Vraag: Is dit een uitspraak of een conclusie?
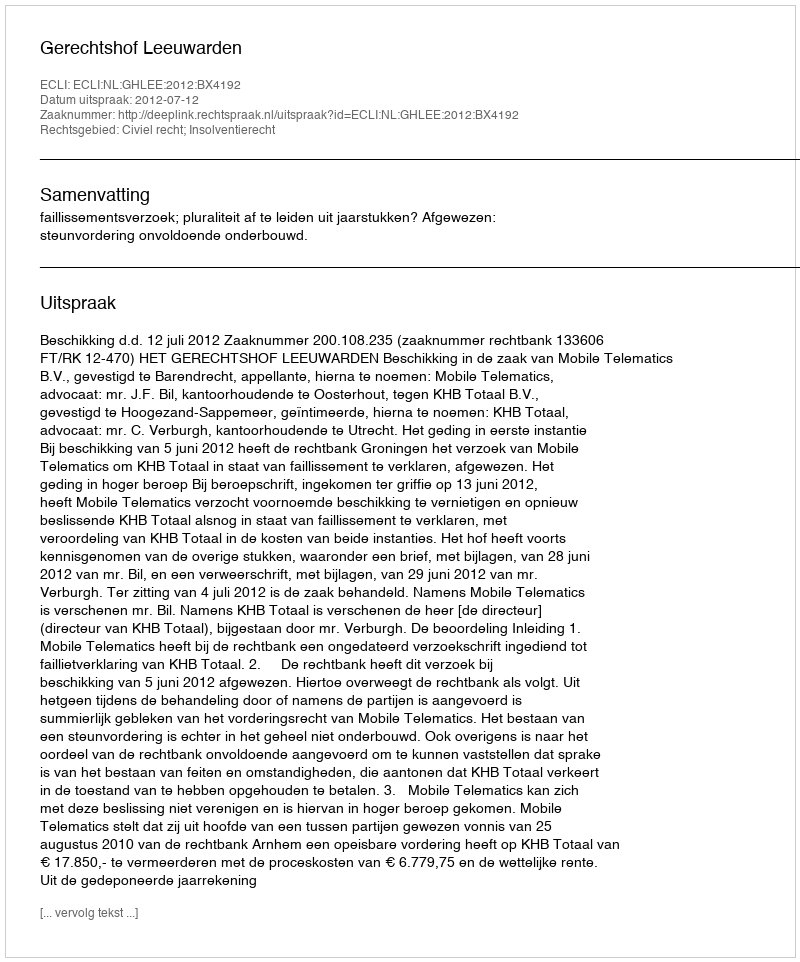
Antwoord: Uitspraak